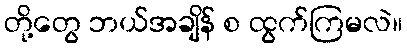
တို့တွေ ဘယ်အချိန် စ ထွက်ကြမလဲ။